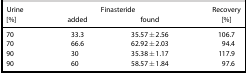
<table><thead><tr><td><b>Urine</b></td><td colspan="2"><b>Finasteride</b></td><td><b>Recovery</b></td></tr><tr><td><b>[%]</b></td><td><b>added</b></td><td><b>found</b></td><td><b>[%]</b></td></tr></thead><tbody><tr><td>70</td><td>33.3</td><td>35.57±2.56</td><td>106.7</td></tr><tr><td>70</td><td>66.6</td><td>62.92±2.03</td><td>94.4</td></tr><tr><td>90</td><td>30</td><td>35.38±1.17</td><td>117.9</td></tr><tr><td>90</td><td>60</td><td>58.57±1.84</td><td>97.6</td></tr></tbody></table>